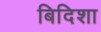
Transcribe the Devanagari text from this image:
बिदिशा